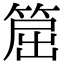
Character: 𥮝